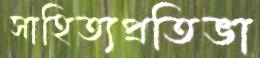
সাহিত্যপ্রতিভা